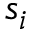
s _ { i }